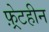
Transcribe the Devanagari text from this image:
फ़्रेटहीन